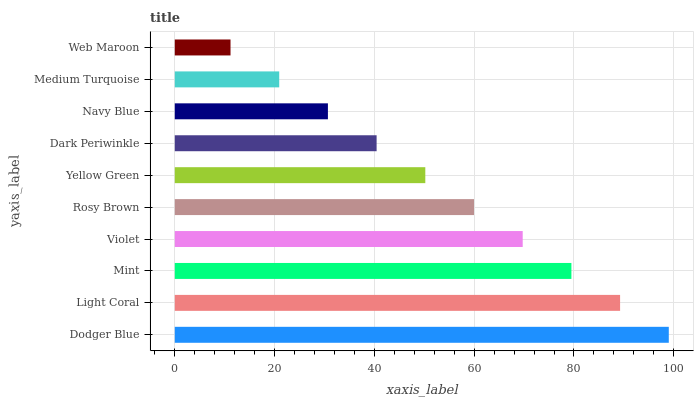
| yaxis_label | bars |
 | --- | --- |
 | Dodger Blue | 99 |
 | Light Coral | 89.2 |
 | Mint | 79.5 |
 | Violet | 69.7 |
 | Rosy Brown | 60 |
 | Yellow Green | 50.2 |
 | Dark Periwinkle | 40.4 |
 | Navy Blue | 30.7 |
 | Medium Turquoise | 20.9 |
 | Web Maroon | 11.2 |